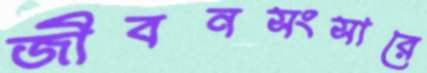
জীবনসংসারে